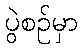
ပွဲစဉ်မှာ